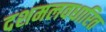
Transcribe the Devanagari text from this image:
दशमलवधारित